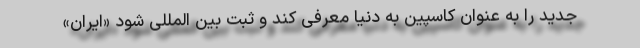
جدید را به عنوان کاسپین به دنیا معرفی کند و ثبت بین المللی شود «ایران»